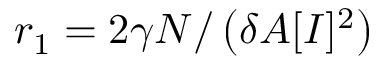
r _ { 1 } = 2 \gamma N / \left( \delta A [ I ] ^ { 2 } \right)